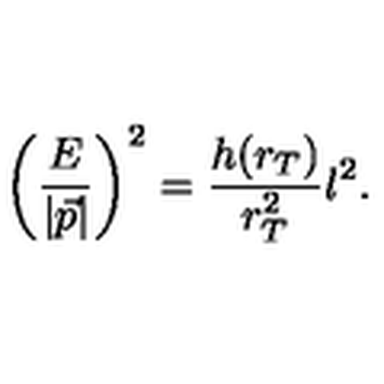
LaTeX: \left( \frac { E } { | \vec { p } | } \right) ^ { 2 } = \frac { h ( r _ { T } ) } { r _ { T } ^ { 2 } } l ^ { 2 } .